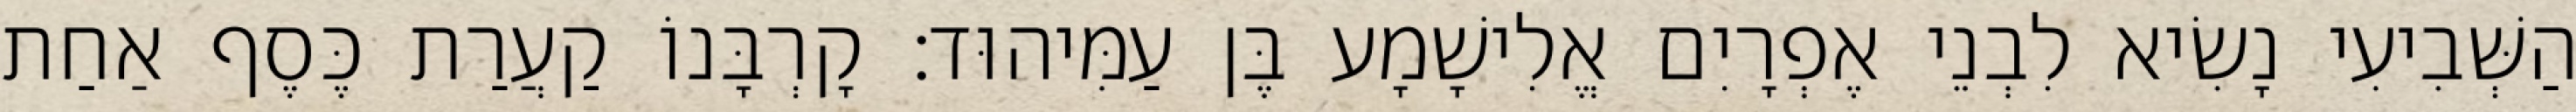
הַשְּׁבִיעִי נָשִׂיא לִבְנֵי אֶפְרָיִם אֱלִישָׁמָע בֶּן עַמִּיהוּד׃ קָרְבָּנוֹ קַעֲרַת כֶּסֶף אַחַת